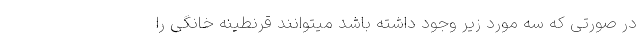
در صورتی که سه مورد زیر وجود داشته باشد میتوانند قرنطینه خانگی را